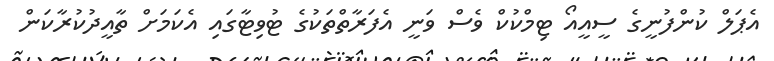
އެޕަލް ކުންފުނީގެ ސީއީއޯ ޓިމްކުކް ވެސް ވަނީ އެފަރާތްތަކުގެ ޓުވިޓާގައި އެކަމަށް ތާއީދުކުރާކަން